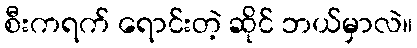
စီးကရက် ရောင်းတဲ့ ဆိုင် ဘယ်မှာလဲ။